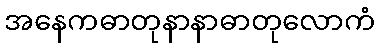
အနေကဓာတုနာနာဓာတုလောကံ